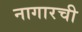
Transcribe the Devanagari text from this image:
नागारची